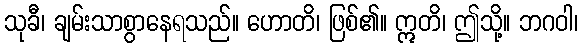
သုခီ၊ ချမ်းသာစွာနေရသည်။ ဟောတိ၊ ဖြစ်၏။ ဣတိ၊ ဤသို့။ ဘဂဝါ၊